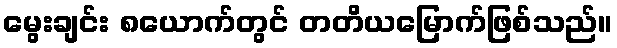
မွေးချင်း ၈ယောက်တွင် တတိယမြောက်ဖြစ်သည်။